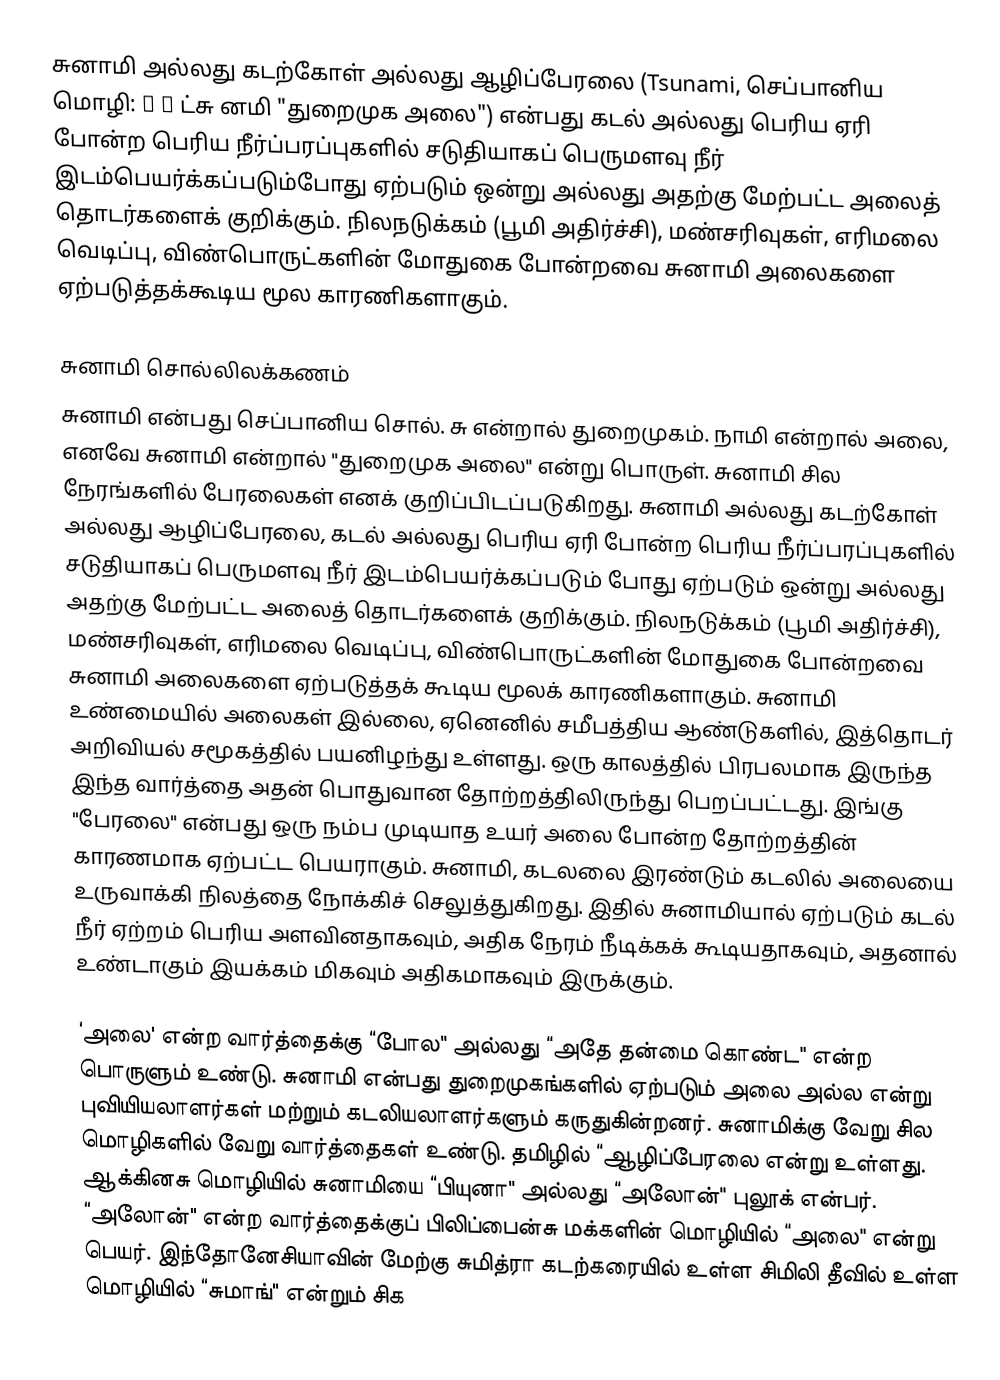
சுனாமி அல்லது கடற்கோள் அல்லது ஆழிப்பேரலை (Tsunami, செப்பானிய மொழி: 津 波 ட்சு னமி "துறைமுக அலை") என்பது கடல் அல்லது பெரிய ஏரி போன்ற பெரிய நீர்ப்பரப்புகளில் சடுதியாகப் பெருமளவு நீர் இடம்பெயர்க்கப்படும்போது ஏற்படும் ஒன்று அல்லது அதற்கு மேற்பட்ட அலைத் தொடர்களைக் குறிக்கும். நிலநடுக்கம் (பூமி அதிர்ச்சி), மண்சரிவுகள், எரிமலை வெடிப்பு, விண்பொருட்களின் மோதுகை போன்றவை சுனாமி அலைகளை ஏற்படுத்தக்கூடிய மூல காரணிகளாகும்.

சுனாமி சொல்லிலக்கணம்
சுனாமி என்பது செப்பானிய சொல். சு என்றால் துறைமுகம்.  நாமி என்றால் அலை, எனவே சுனாமி என்றால் "துறைமுக அலை"  என்று பொருள். சுனாமி சில நேரங்களில் பேரலைகள் எனக் குறிப்பிடப்படுகிறது. சுனாமி அல்லது கடற்கோள் அல்லது ஆழிப்பேரலை, கடல் அல்லது பெரிய ஏரி போன்ற பெரிய நீர்ப்பரப்புகளில் சடுதியாகப் பெருமளவு நீர் இடம்பெயர்க்கப்படும் போது ஏற்படும் ஒன்று அல்லது அதற்கு மேற்பட்ட அலைத் தொடர்களைக் குறிக்கும். நிலநடுக்கம் (பூமி அதிர்ச்சி), மண்சரிவுகள், எரிமலை வெடிப்பு, விண்பொருட்களின் மோதுகை போன்றவை சுனாமி அலைகளை ஏற்படுத்தக் கூடிய மூலக் காரணிகளாகும். சுனாமி உண்மையில் அலைகள் இல்லை, ஏனெனில் சமீபத்திய ஆண்டுகளில், இத்தொடர் அறிவியல் சமூகத்தில் பயனிழந்து உள்ளது. ஒரு காலத்தில் பிரபலமாக இருந்த இந்த வார்த்தை அதன் பொதுவான தோற்றத்திலிருந்து பெறப்பட்டது. இங்கு "பேரலை" என்பது ஒரு நம்ப முடியாத உயர் அலை போன்ற தோற்றத்தின் காரணமாக ஏற்பட்ட பெயராகும். சுனாமி, கடலலை இரண்டும் கடலில் அலையை உருவாக்கி நிலத்தை நோக்கிச் செலுத்துகிறது. இதில் சுனாமியால் ஏற்படும் கடல் நீர் ஏற்றம் பெரிய அளவினதாகவும், அதிக நேரம் நீடிக்கக் கூடியதாகவும், அதனால் உண்டாகும் இயக்கம் மிகவும் அதிகமாகவும் இருக்கும்.

‘அலை' என்ற வார்த்தைக்கு “போல" அல்லது “அதே தன்மை கொண்ட" என்ற பொருளும் உண்டு. சுனாமி என்பது துறைமுகங்களில் ஏற்படும் அலை அல்ல என்று புவியியலாளர்கள் மற்றும் கடலியலாளர்களும் கருதுகின்றனர். சுனாமிக்கு வேறு சில மொழிகளில் வேறு வார்த்தைகள் உண்டு. தமிழில் “ஆழிப்பேரலை  என்று உள்ளது. ஆக்கினசு மொழியில் சுனாமியை “பியுனா"  அல்லது “அலோன்" புலூக் என்பர். “அலோன்" என்ற வார்த்தைக்குப் பிலிப்பைன்சு மக்களின் மொழியில் “அலை" என்று பெயர். இந்தோனேசியாவின் மேற்கு சுமித்ரா கடற்கரையில் உள்ள சிமிலி தீவில் உள்ள மொழியில் “சுமாங்" என்றும் சிக